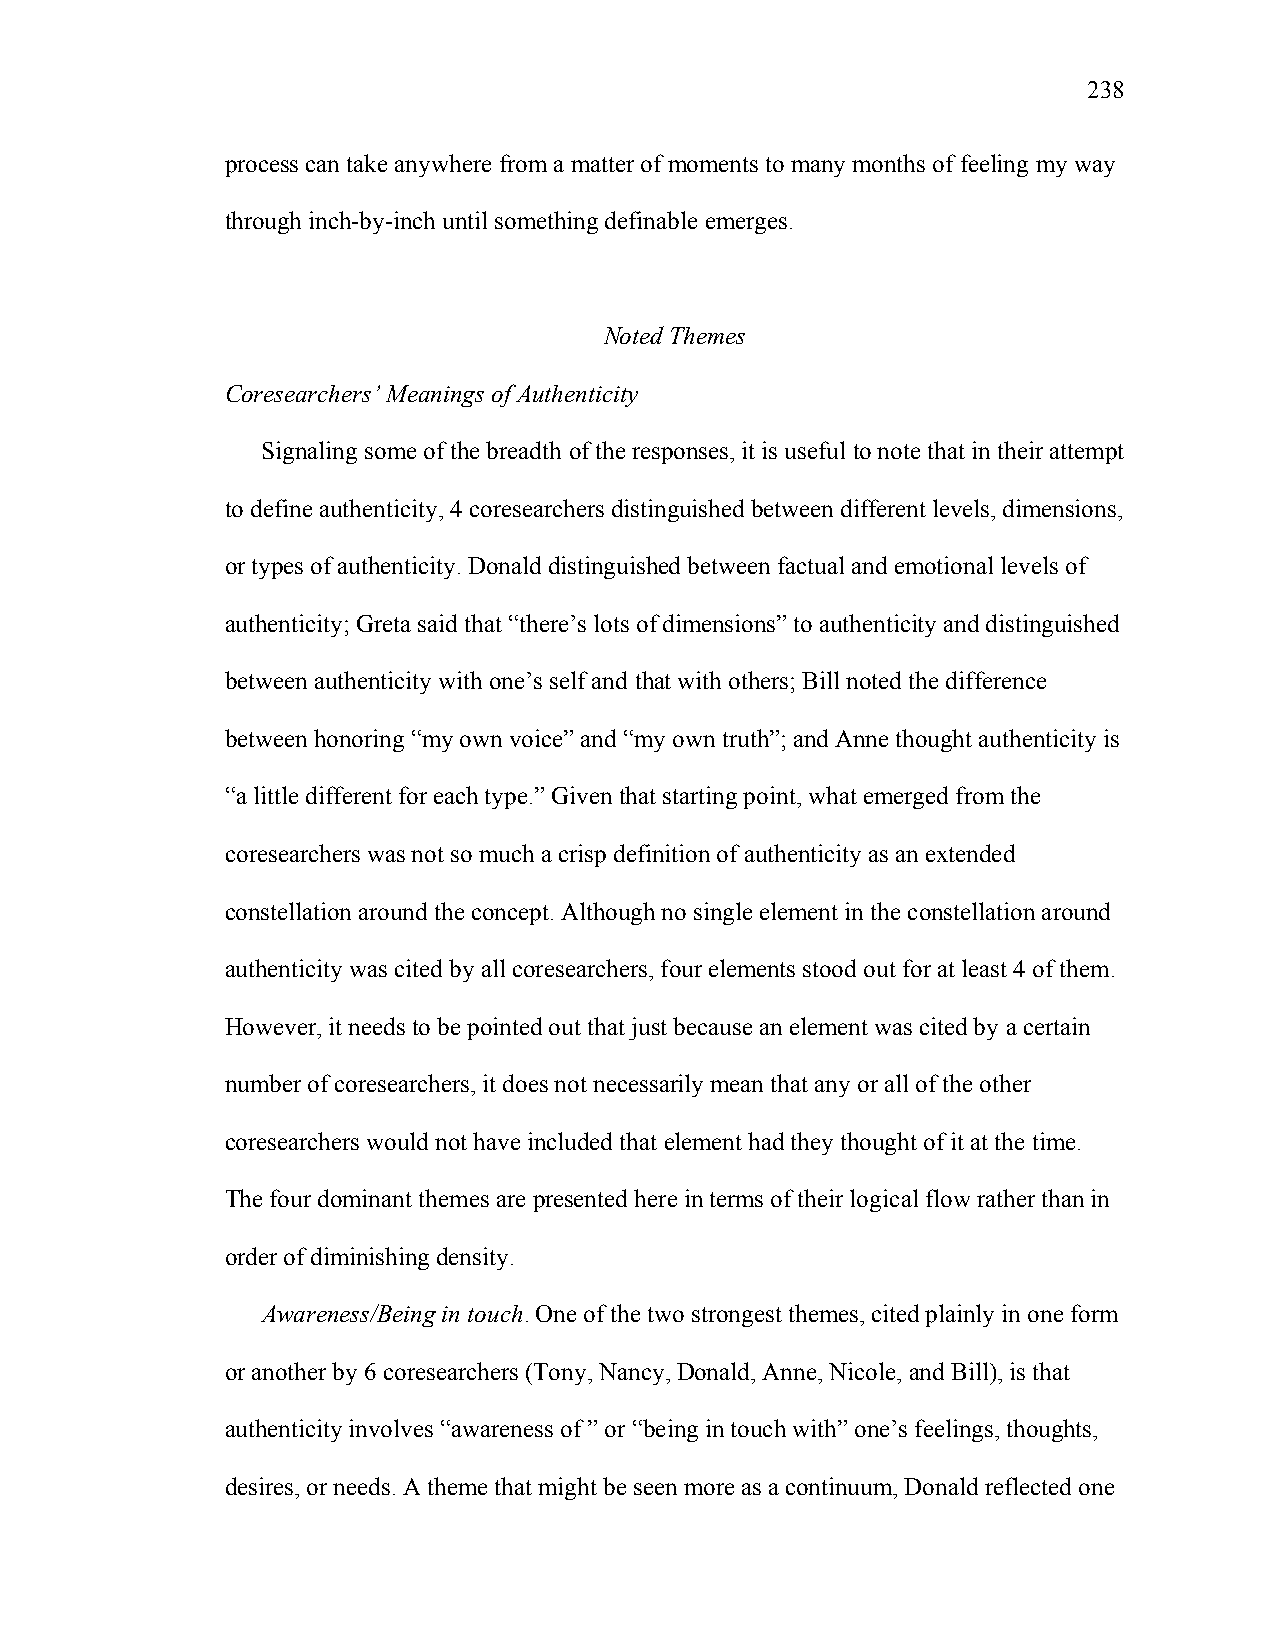
238
 process can take anywhere from a matter of moments to many months of feeling my way
 through inch-by-inch until something definable emerges.
 Noted Themes
 Coresearchers’ Meanings of Authenticity
 Signaling some of the breadth of the responses, it is useful to note that in their attempt
 to define authenticity, 4 coresearchers distinguished between different levels, dimensions,
 or types of authenticity. Donald distinguished between factual and emotional levels of
 authenticity; Greta said that “there’s lots of dimensions” to authenticity and distinguished
 between authenticity with one’s self and that with others; Bill noted the difference
 between honoring “my own voice” and “my own truth”; and Anne thought authenticity is
 “a little different for each type.” Given that starting point, what emerged from the
 coresearchers was not so much a crisp definition of authenticity as an extended
 constellation around the concept. Although no single element in the constellation around
 authenticity was cited by all coresearchers, four elements stood out for at least 4 of them.
 However, it needs to be pointed out that just because an element was cited by a certain
 number of coresearchers, it does not necessarily mean that any or all of the other
 coresearchers would not have included that element had they thought of it at the time.
 The four dominant themes are presented here in terms of their logical flow rather than in
 order of diminishing density.
 Awareness/Being in touch. One of the two strongest themes, cited plainly in one form
 or another by 6 coresearchers (Tony, Nancy, Donald, Anne, Nicole, and Bill), is that
 authenticity involves “awareness of ” or “being in touch with” one’s feelings, thoughts,
 desires, or needs. A theme that might be seen more as a continuum, Donald reflected one